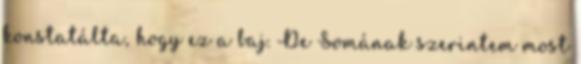
konstatálta, hogy ez a baj. De Somának szerintem most